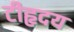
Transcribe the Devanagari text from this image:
टीहृदय